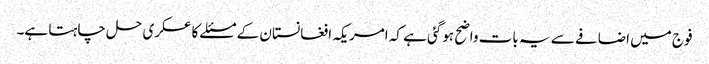
فوج میں اضافے سے یہ بات واضح ہوگئی ہے کہ امریکہ افغانستان کے مسئلے کا عسکری حل چاہتا ہے۔